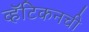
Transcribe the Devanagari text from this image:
व्हॅटिकनची